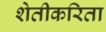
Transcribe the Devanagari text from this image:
शेतीकरिता